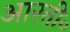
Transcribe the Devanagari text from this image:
आरती॰